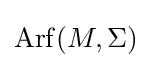
\operatorname {Arf} (M,\Sigma )